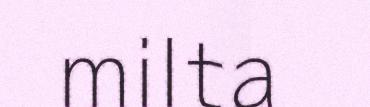
milta